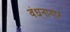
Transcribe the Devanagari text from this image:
वंधनागार